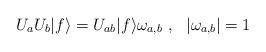
LaTeX: \begin{align*}U_aU_b|f\rangle=U_{ab}|f\rangle \omega_{a,b}~,~~|\omega_{a,b}|=1~ \end{align*}